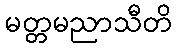
မတ္တမညာသီတိ